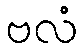
ဗလံ